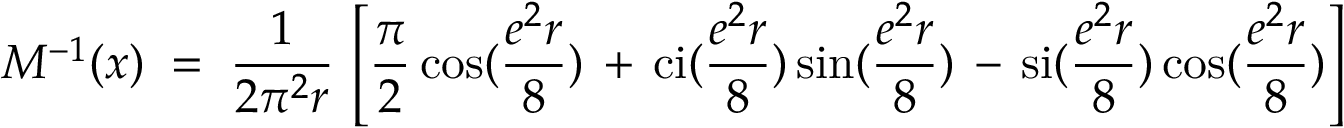
M ^ { - 1 } ( x ) \; = \; \frac { 1 } { 2 \pi ^ { 2 } r } \, \left[ \frac { \pi } { 2 } \cos ( \frac { e ^ { 2 } r } { 8 } ) \, + \, \mathrm { c i } ( \frac { e ^ { 2 } r } { 8 } ) \sin ( \frac { e ^ { 2 } r } { 8 } ) \, - \, \mathrm { s i } ( \frac { e ^ { 2 } r } { 8 } ) \cos ( \frac { e ^ { 2 } r } { 8 } ) \right]